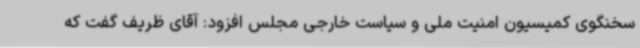
سخنگوی کمیسیون امنیت ملی و سیاست خارجی مجلس افزود: آقای ظریف گفت که